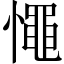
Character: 憴